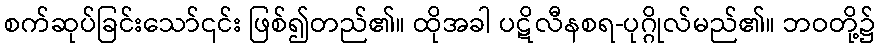
စက်ဆုပ်ခြင်းသော်၎င်း ဖြစ်၍တည်၏။ ထိုအခါ ပဋိလီနစရ-ပုဂ္ဂိုလ်မည်၏။ ဘဝတို့၌